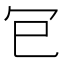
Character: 𭁳